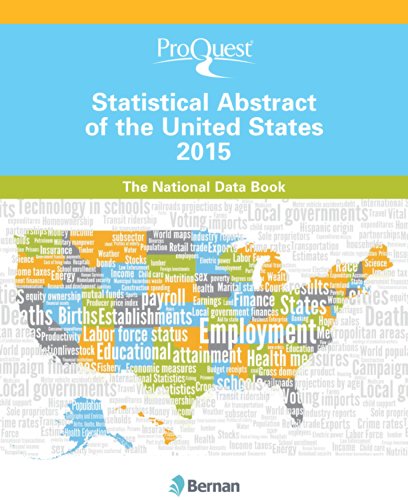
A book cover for ProQuest Statistical Abstract of the United States 2015 (ProQuest Statistical Abstract Series); Bernan Press; Politics & Social Sciences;